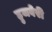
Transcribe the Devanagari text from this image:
हुजवेरी